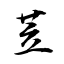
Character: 苙